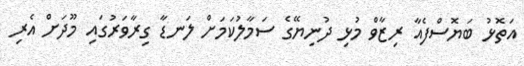
އަތޮޅު ބަޔޮސްފެއާ ރިޒާވް މުޅި ދުނިޔޭގެ ސަމާލުކަމަށް ލަނޑާ ގިރާވަރުގައި މޫދަށް އެރި